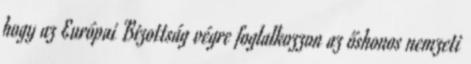
hogy az Európai Bizottság végre foglalkozzon az őshonos nemzeti